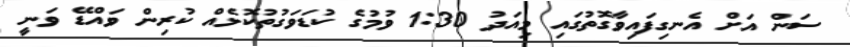
ސަން އަށް އެނގިފައިވާގޮތުގައި މިއަދު 1:30 ވުމުގެ ކުޑަވަގުތުކޮޅެއް ކުރިން ވައްޑޭ ވަނީ